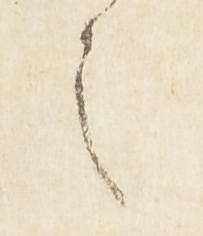
之